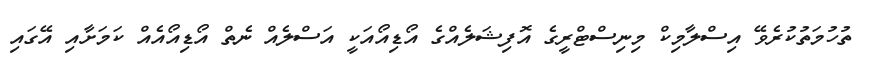
ތުހުމަތުކުރެވޭ އިސްލާމިކް މިނިސްޓްރީގެ އޮފިޝަލެއްގެ އޯޑިއޯއަކީ އަސްލެއް ނެތް އޯޑިއޯއެއް ކަމަށާއި އޭގައި